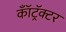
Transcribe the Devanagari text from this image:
कॉँट्रॅक्टर